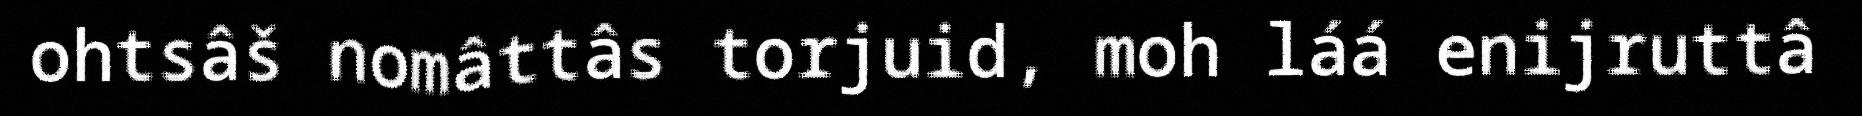
ohtsâš nomâttâs torjuid, moh láá enijruttâ